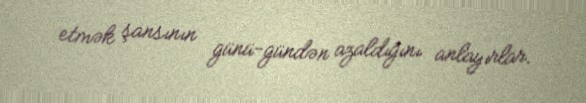
etmək şansının günü-gündən azaldığını anlayırlar.